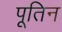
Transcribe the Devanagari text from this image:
पूतिन